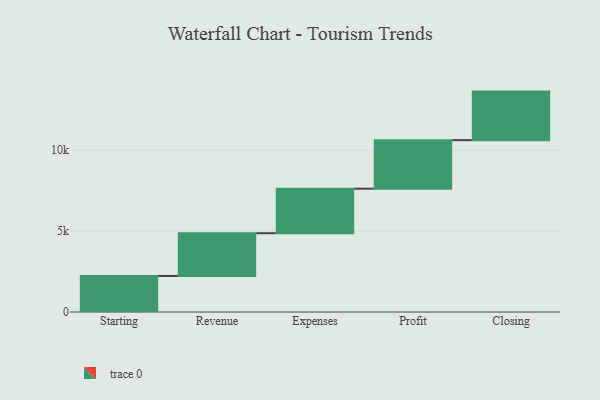
{"axis": {"x": "Step", "y": "Value"}, "legend": [""], "data": [{"x": "Starting", "y": 2228.0, "type": ""}, {"x": "Revenue", "y": 2641.0, "type": ""}, {"x": "Expenses", "y": 2753.0, "type": ""}, {"x": "Profit", "y": 3000, "type": ""}, {"x": "Closing", "y": 3000, "type": ""}]}